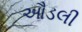
ઔડલી